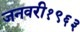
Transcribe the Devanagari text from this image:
जनवरी१९६३